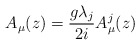
\begin{align*}A_{\mu}(z) = \frac{g\lambda_j}{2i}A_{\mu}^j(z)\end{align*}